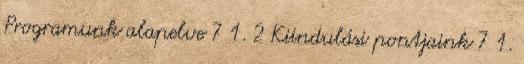
Programunk alapelve 7 1. 2 Kiindulási pontjaink 7 1.